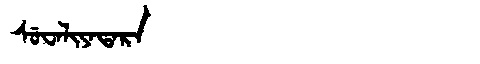
Manchu: ᠰᡠᠸᠠᠯᡳᠶᠠᡨᠠᡵᠠ
Romanization: SUWALIYATARA